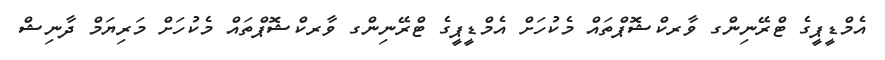
އެމްޑީޕީގެ ޓްރޭނިންގ ވާރކްޝޮޕްތައް މެކުހަށް އެމްޑީޕީގެ ޓްރޭނިންގ ވާރކްޝޮޕްތައް މެކުހަށް މަރިޔަމް ދާނިޝް